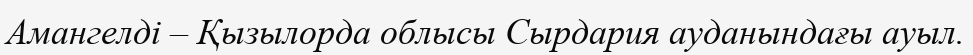
Амангелді – Қызылорда облысы Сырдария ауданындағы ауыл.